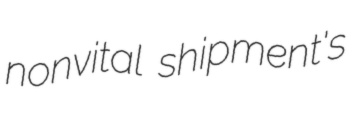
nonvital shipment's